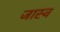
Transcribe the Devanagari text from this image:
जास्व